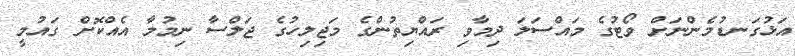
އަޅުގަނޑުމެންނަށް ވޯޓުގެ މައްސަލަ ދިމާވި ރައްޔިތުންގެ މަޖިލިހުގެ ޖަލްސާ ނިމުމާ އެއްކޮށް ގައުމީ